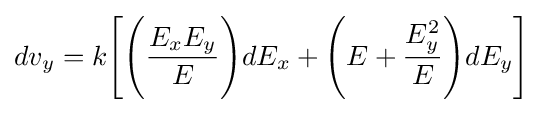
dv_{y}=k{\Biggl [}{\Biggl (}{\frac {E_{x}E_{y}}{E}}{\Biggr )}dE_{x}+{\Biggl (}E+{\frac {E_{y}^{2}}{E}}{\Biggr )}dE_{y}{\Biggr ]}